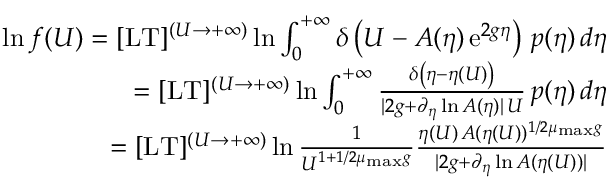
\begin{array} { r l r } & { } & { \ln f ( U ) = \lbrack \mathrm { L T } \rbrack ^ { ( U \to + \infty ) } \ln \int _ { 0 } ^ { + \infty } \delta \left( U - A ( \eta ) \, \mathrm { e } ^ { 2 g \eta } \right) \, p ( \eta ) \, d \eta } \\ & { } & { = \lbrack \mathrm { L T } \rbrack ^ { ( U \to + \infty ) } \ln \int _ { 0 } ^ { + \infty } \frac { \delta \left( \eta - \eta ( U ) \right) } { \vert 2 g + \partial _ { \eta } \ln A ( \eta ) \vert \, U } \, p ( \eta ) \, d \eta } \\ & { } & { = \lbrack \mathrm { L T } \rbrack ^ { ( U \to + \infty ) } \ln \frac { 1 } { U ^ { 1 + 1 / 2 \mu _ { \mathrm { m a x } } g } } \frac { \eta ( U ) \, A ( \eta ( U ) ) ^ { 1 / 2 \mu _ { \mathrm { m a x } } g } } { \vert 2 g + \partial _ { \eta } \ln A ( \eta ( U ) ) \vert } } \end{array}